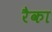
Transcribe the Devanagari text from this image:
रैका